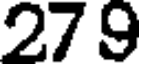
27 9